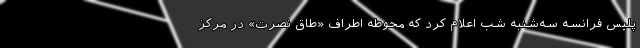
پلیس فرانسه سه‌شنبه شب اعلام کرد که محوطه اطراف «طاق نصرت» در مرکز